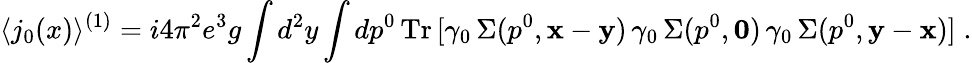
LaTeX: \langle j_{0}(x)\rangle^{(1)}=i4\pi^{2}e^{3}g\int d^{2}y\int dp^{0}\, \mathrm{Tr}\, [\gamma_{0}\, \Sigma(p^{0},{\mathbf x}-{\mathbf y})\, \gamma_{0}\, \Sigma(p^{0},{\mathbf 0})\, \gamma_{0}\, \Sigma(p^{0},{\mathbf y}-{\mathbf x})]\; .